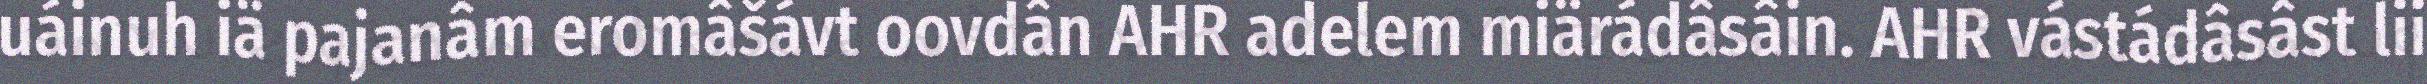
uáinuh iä pajanâm eromâšávt oovdân AHR adelem miärádâsâin. AHR vástádâsâst lii